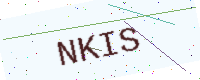
Text: NKIS